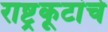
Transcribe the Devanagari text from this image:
राष्ट्रकूटांचे